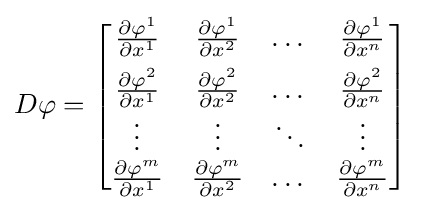
D\varphi ={\begin{bmatrix}{\frac {\partial \varphi ^{1}}{\partial x^{1}}}&{\frac {\partial \varphi ^{1}}{\partial x^{2}}}&\dots &{\frac {\partial \varphi ^{1}}{\partial x^{n}}}\\[1ex]{\frac {\partial \varphi ^{2}}{\partial x^{1}}}&{\frac {\partial \varphi ^{2}}{\partial x^{2}}}&\dots &{\frac {\partial \varphi ^{2}}{\partial x^{n}}}\\\vdots &\vdots &\ddots &\vdots \\{\frac {\partial \varphi ^{m}}{\partial x^{1}}}&{\frac {\partial \varphi ^{m}}{\partial x^{2}}}&\dots &{\frac {\partial \varphi ^{m}}{\partial x^{n}}}\end{bmatrix}}